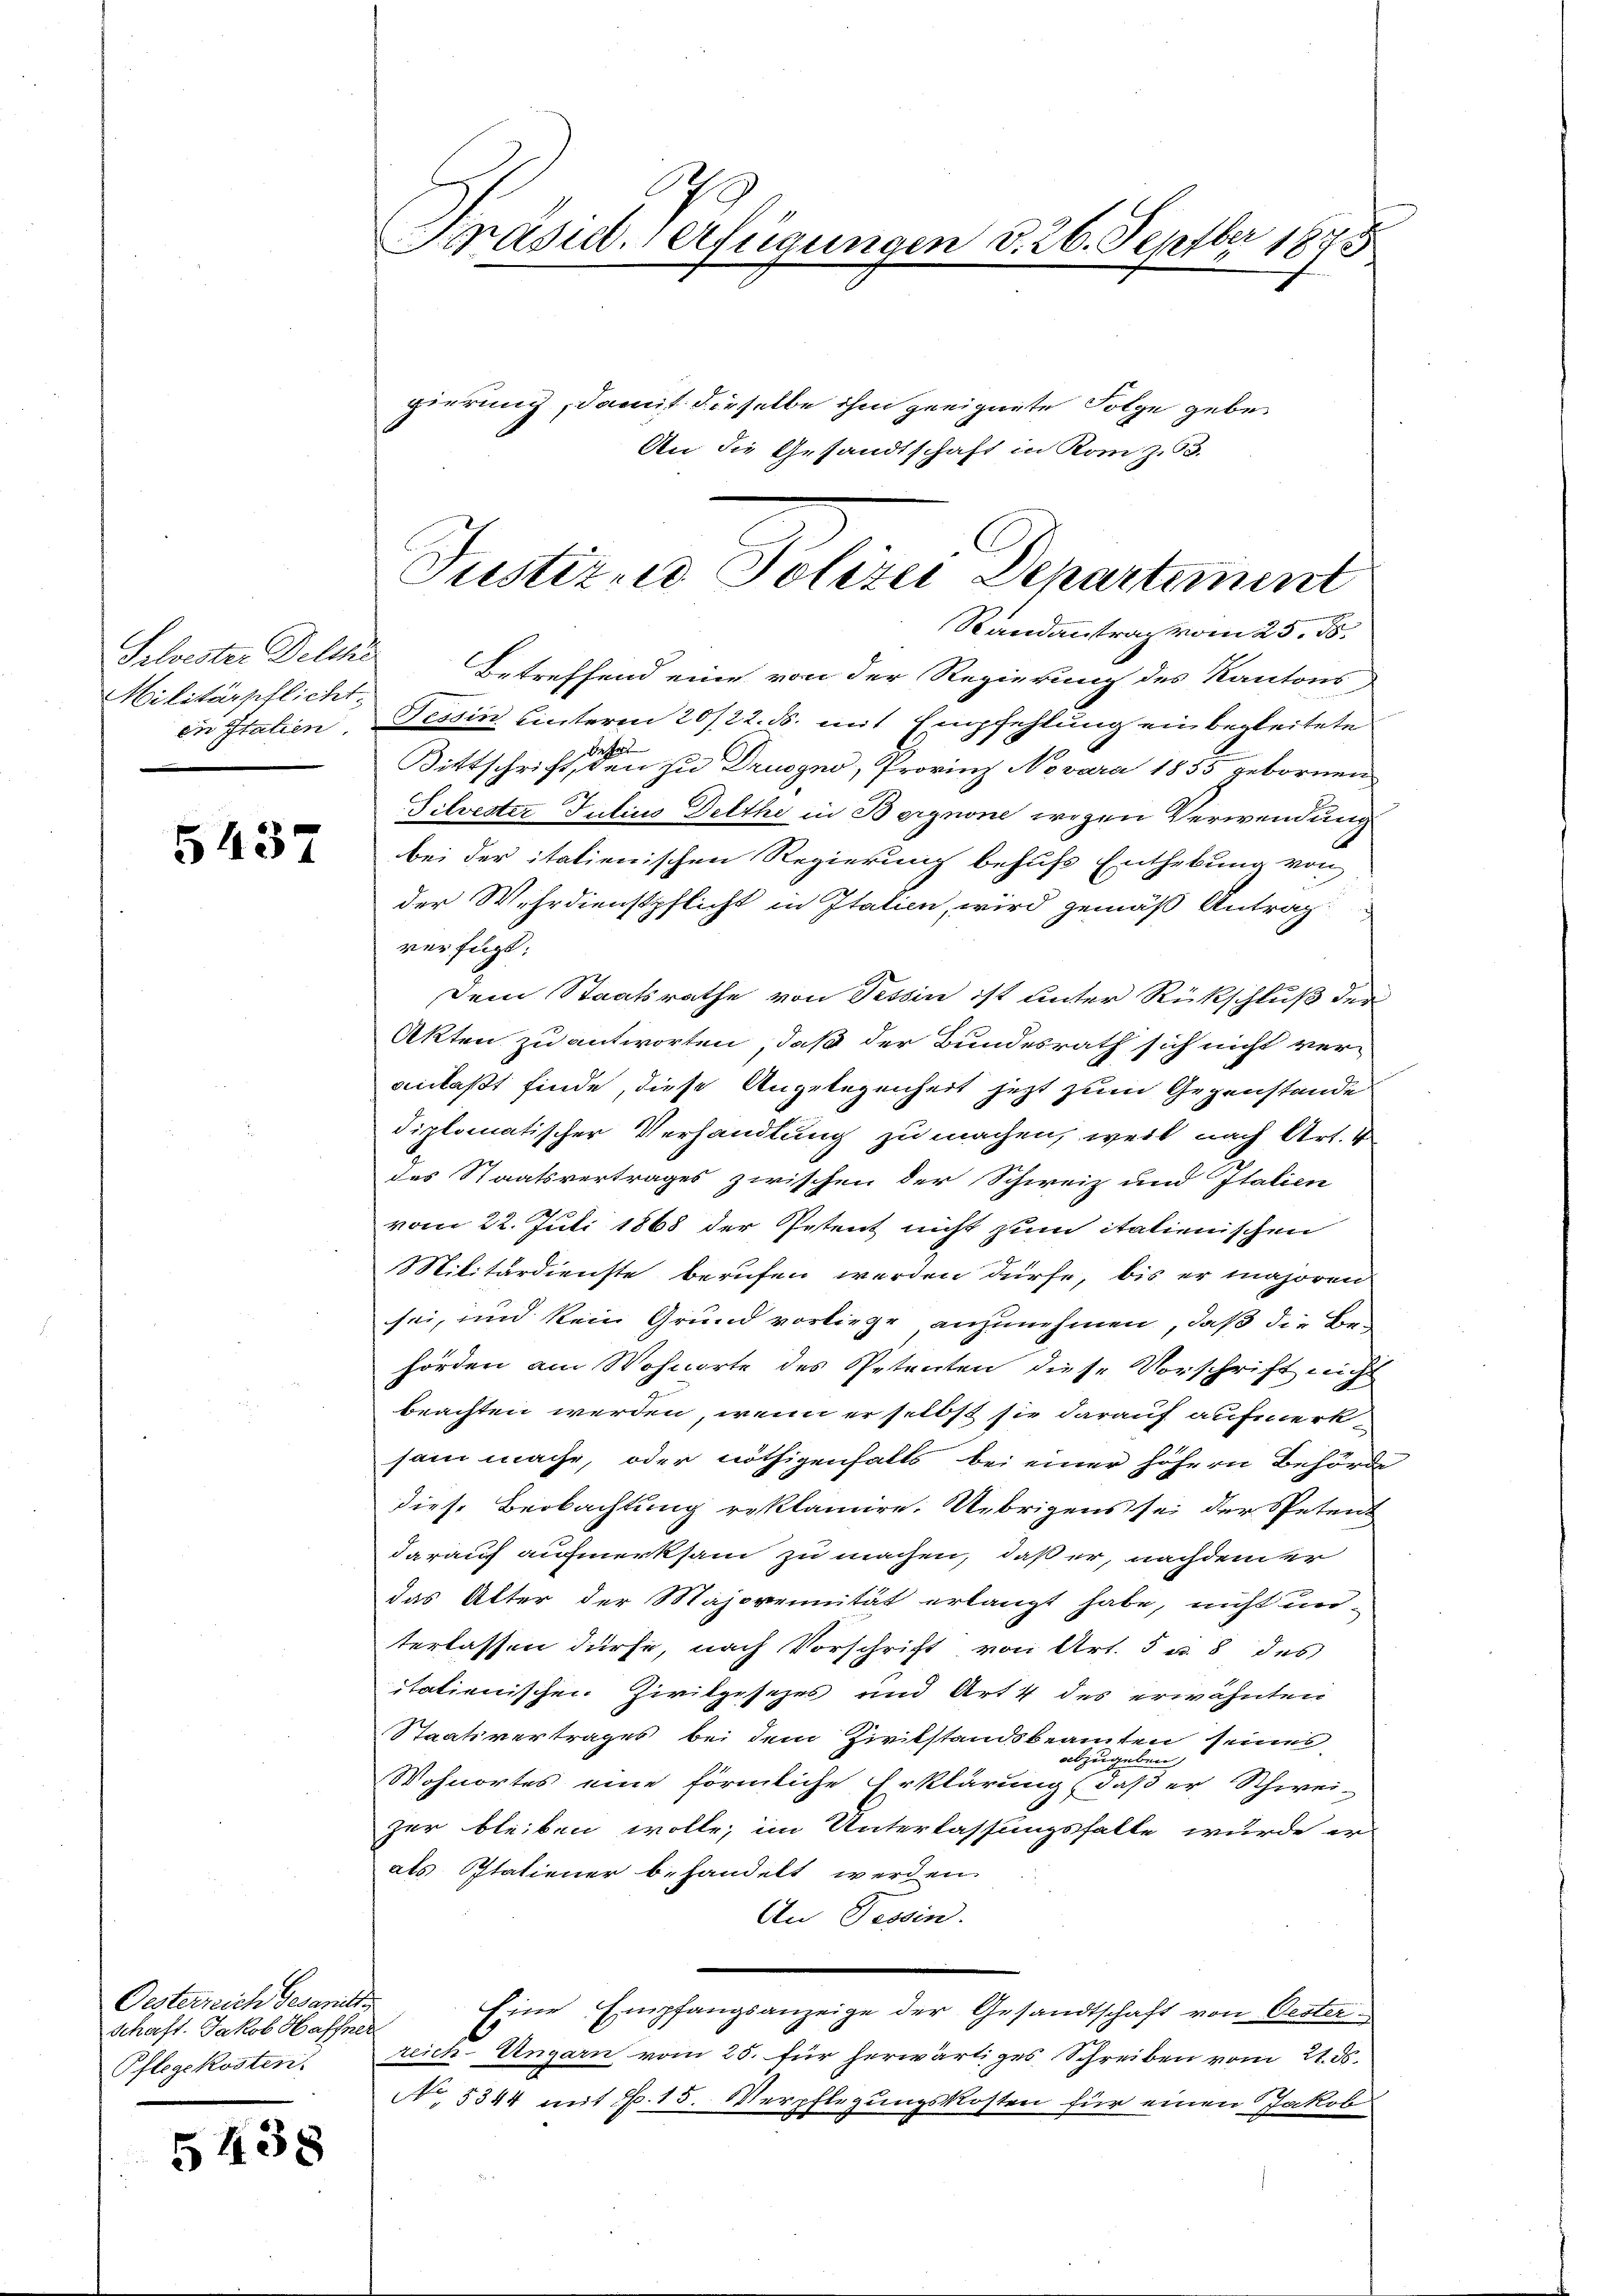
Militärpflicht.
in Italien,

5437

Oesterreich Gesanitte
Schaft. Jakob Haffner
Pflegekosten.

5438

C
Präsid. Verfügungen d. 26. Septber 1845
gierung, damit dieselbe ihm geeignete Folge gebe
An die Gesandtschaft in Rom z. 63.

Randantrag vom 25. ds.
Schwester Delche Betreffend eine von der Regierung des Kantons
Tessin hinterm 20/22. ds. mit Empfehlung ein begleitete
Bittschricht, den zu Drusgno, Provinz Novara 1855 gebornen
Tilvester Julius Delthe in Bergnone wegen Verwendung
bei der italienischen Regierung behufs Enthebung von
der Wehrdienstpflicht in Italien, wird gemäß Antrag
verfügt:
Dem Staatsrathe von Tessin ist unter Rückschluß der
Akten zu antworten, daß der Bundesrath sich nicht ver-
anlaßt finde, diese Angelegenheit jetzt zum Gegenstande
diplomatischer Verhandlung zu machen, weil nach Art. 4
des Staatsvertrages zwischen der Schweiz und Italien
vom 22. Juli 1868 der Petent nicht zum italienischen
Militärdienste berufen werden dürfe, bis er majoren
sei, und kein Grund vorliege anzunehmen, daß die Be-
hörden am Wohnorte des Petenten diese Vorschrift nicht
beachten werden, wenn er selbst sie darauf aufmerksam mache, oder nöthigenfalls bei einer höhern Behörde
diese Beobachtung reklamire. Uebrigens sei der Peten
darauf aufmerksam zu machen, daß er, nachdem er
das Alter der Majorennität erlangt habe, nicht unterlassen dürfe, nach Vorschrift von Art. 5 u. 8 des
itationischen Zivilisches und Art 4 des erwähnten
Staatsvertrages bei dem Zivilstandsbeamten seines
alaugen
e
Wohnortes eine förmliche Erklärung daß er Schwei-
zer bleiben wolle, im Unterlassungsfalle wurde er
als Statiener behandelt werden.
An Tessin.
Eine Empfangsanzeige der Gesandtschaft von Oester
reich-Ungarn vom 25. für herwärtiges Schreiben vom 21. d.
No. 5344 mit 7. 15. Verpflegungskosten für einen Jakob

Justizio Polizei Departement